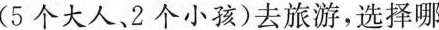
个大人、2个小孩)去旅游，选择哪